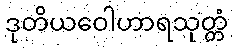
ဒုတိယဝေါဟာရသုတ္တံ